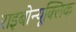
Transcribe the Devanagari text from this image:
राइबोन्यूक्लिक